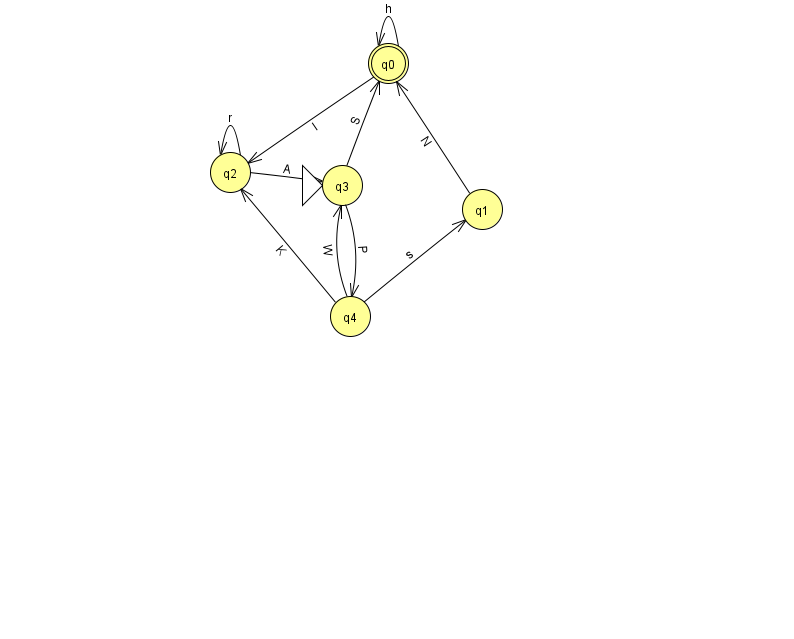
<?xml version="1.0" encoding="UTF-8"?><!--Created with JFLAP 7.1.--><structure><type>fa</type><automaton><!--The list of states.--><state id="0" name="q0"><x>388.0</x><y>50.0</y><final/></state><state id="1" name="q1"><x>482.0</x><y>196.0</y></state><state id="2" name="q2"><x>230.0</x><y>159.0</y></state><state id="3" name="q3"><x>342.0</x><y>172.0</y><initial/></state><state id="4" name="q4"><x>350.0</x><y>303.0</y></state><!--The list of transitions.--><transition><from>2</from><to>3</to><read>A</read></transition><transition><from>4</from><to>2</to><read>K</read></transition><transition><from>2</from><to>2</to><read>r</read></transition><transition><from>0</from><to>2</to><read>I</read></transition><transition><from>4</from><to>1</to><read>s</read></transition><transition><from>0</from><to>0</to><read>h</read></transition><transition><from>3</from><to>4</to><read>P</read></transition><transition><from>4</from><to>3</to><read>W</read></transition><transition><from>1</from><to>0</to><read>N</read></transition><transition><from>3</from><to>0</to><read>S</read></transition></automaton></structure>